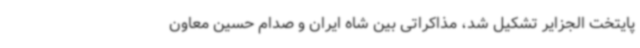
پایتخت الجزایر تشکیل شد، مذاکراتی بین شاه ایران و صدام حسین معاون